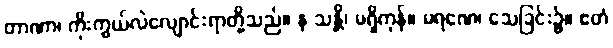
တာဏာ၊ ကိုးကွယ်လဲလျောင်းရာတို့သည်။ န သန္တိ၊ မရှိကုန်။ မရဏေ၊ သေခြင်း၌။ ဧတံ